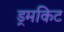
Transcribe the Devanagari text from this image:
ड्रमकिट